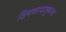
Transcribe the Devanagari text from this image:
दिवसापासूनच